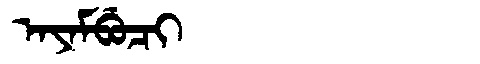
Manchu: ᠠᠶᠠᠮᠪᡠᠴᡳ
Romanization: AYAMBUCI